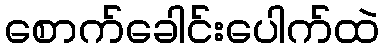
စောက်ခေါင်းပေါက်ထဲ